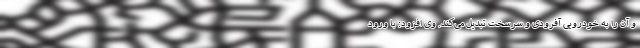
و آن را به خودرویی آفرودی و سرسخت تبدیل می‌کند. وی افزود: با ورود